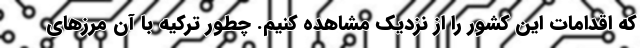
که اقدامات این کشور را از نزدیک مشاهده کنیم. چطور ترکیه با آن مرزهای